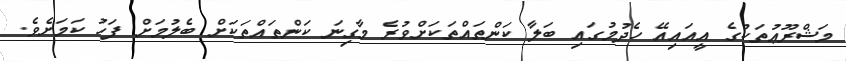
މަޝްރޫޢުތަކުގެ އީއައިއޭ ހެދުމުގައި ބަލާ ކަންތައްތަކަށްވުރެ މާގިނަ ކަންތައްތަކަށް ބެލުމަށް ފަހު ކަމަށެވެ.